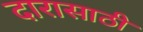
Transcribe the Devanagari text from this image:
दारासाठी